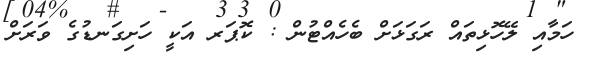
ހަމާއި ލޭހޮޅިތައް ރަގަޅަށް ބެހެއްޓުން : ކޮޕަރ އަކީ ހަށިގަނޑުގެ ވަރަށް